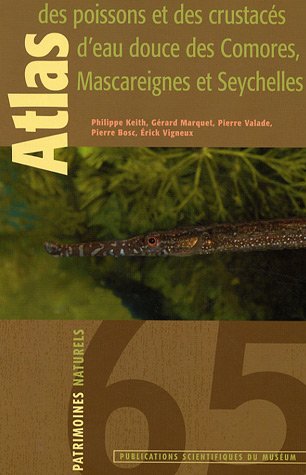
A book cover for Atlas des poissons et des crustacÃ©s d'eau douce des Comores, Mascareignes et Seychelles : DÃ©capodes uniquement; Travel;